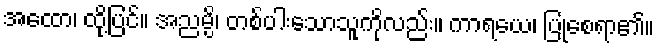
အထော၊ ထို့ပြင်။ အညမ္ပိ၊ တစ်ပါးသောသူကိုလည်း။ ကာရယေ၊ ပြုစေရာ၏။